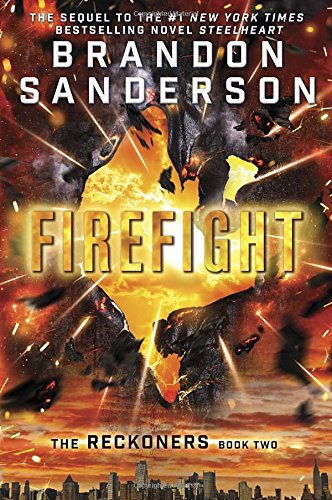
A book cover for Firefight (The Reckoners); Brandon Sanderson; Teen & Young Adult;